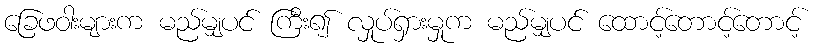
ခြေဖဝါးများက မည်မျှပင် ကြီး၍ လှုပ်ရှားမှုက မည်မျှပင် ထောင့်တောင့်တောင့်